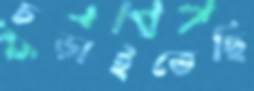
চড়াইতেছি